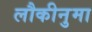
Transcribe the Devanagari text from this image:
लौकीनुमा